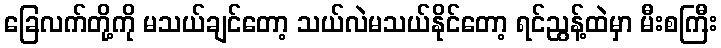
ခြေလက်တို့ကို မသယ်ချင်တော့ သယ်လဲမသယ်နိုင်တော့ ရင်ညွန့်ထဲမှာ မီးစကြီး